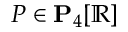
P \in \mathbf { P } _ { 4 } [ \mathbb { R } ]